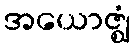
အယောဇ္ဈံ